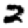
Digit: 2